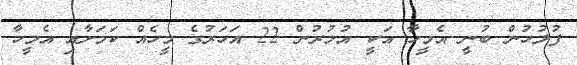
ފުލުހުން ބުނީ އެމީހާ އަކީ އުމުރުން 22 އަހަރުގެ މީހެއް ކަމަށާއި އެމީހާ